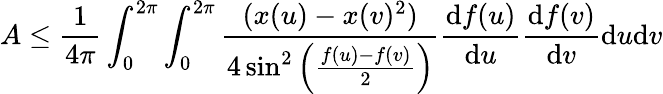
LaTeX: A\leq\frac{1}{4\pi}\int_{0}^{2\pi}\int_{0}^{2\pi}\frac{(x(u)-x(v)^{2})}{4\sin^{2}\left(\frac{f(u)-f(v)}{2}\right)}\frac{\mathrm{d}f(u)}{\mathrm{d}u}\frac{\mathrm{d}f(v)}{\mathrm{d}v}\mathrm{d}u\mathrm{d}v